Report of the King Institute of Preventive Medicine, Guindy
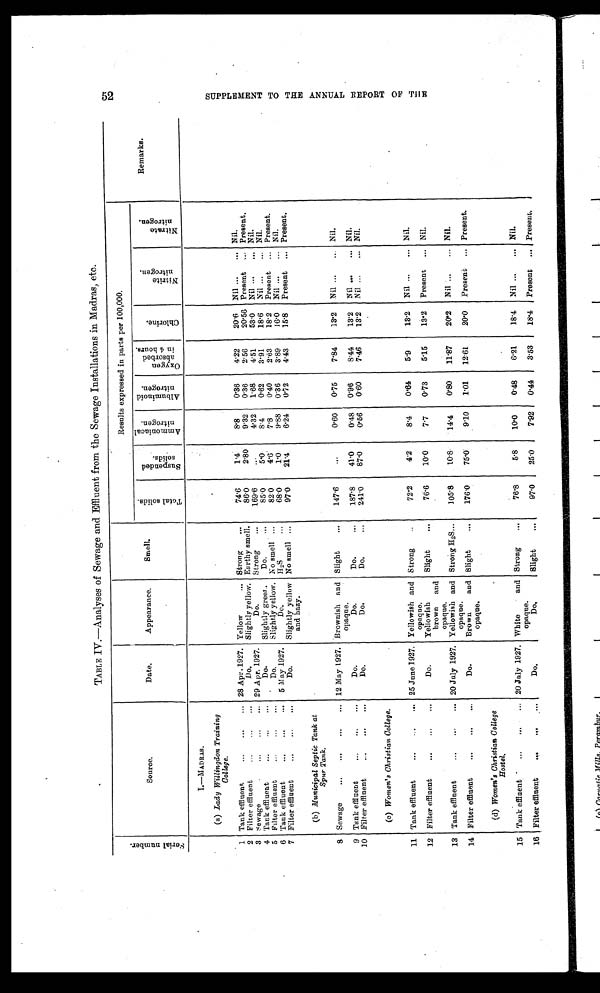
TABLE IV.-Analyses of Sewage and Effluent from the Sewage Installations in Madras, etc.
S e r i a l n u m b e r .
Results expressed in parts per 100,000.
Remarks.
Source.
Date.
Appearance.
Smell.
T o t a l s o l i d s
S u s p e
n d e d
s o l i d s
A m m o n
i c a l
n i t r o g
e n
A l b u m i n o i d n i t r o g e n
O x y g e n a b s o r b e
b i n 4 h o u r s .
C h l o r i n e
N i t r i t e n i t r o g e n .
N i t r i t e n i t r o g e n .
I.-M ADRAS.
(a) Lady Willingdon Training
College.
Tank effluent.
...
2 8 A p r . 1 9 2 7 . Yellow
... Strong
...
74.6
1.4
8.8
0.36
4.22
20.6
Nil ...
... Nil.
2 Filter effluent...
...
...
Do.
Sligh tly yellow. Earthy smell.
86.0
2.80
9.32
0.36
2.56
20.56 Present
... Present.
3 Sewage
...
...
... 29 Apr. 1927.
Do.
Strong
..,
169.6
. .
4.32
1.68
4.51
53.0
Nil ...
_ Nil.
4 Tank effluent.. ...
...
...
D o . Slightly greet...
Do.
8 5 . 0 5.0
8 . 4 0.62
3.91
18.6
Nil ...
... Nil.
5 Filter effluent
..
...
...
Do.
Slightly yellow. No smell . ,
82.0
4.6
7.8
0.40
2.63
18.2
Present
... Present.
6 Tank effluent
...
...
...
5 May 1927.
Do.
H2S
...
68.0
1.0
9 . 8 8 0.36
3.89
16.0
Nil ...
... Nil.
7 Filter effluent
-
...
.„
Do.
Slightly yellow
and hazy.
No smell ...
97.0
21.4
6.24
0 . 7 2
4.43
15.8
Present
... Present.
(b) Municipal Septic Tank at
Spur Tank.
8 Sewage
...
...
...
... 12 May 1927. Brownish and
opaque.
Slight
...
147.6
..
0.60
0.75
7.84
13.2
Nil ...
Nil.
9 Tank effluent ...
...
..,
Do.
Do.
Do.
...
187.8
41.0
0.48
0.96
8 . 4 4
13.2
Nil ...
... Nil.
10 Filter effluent
...
...
Do.
Do.
Do.
...
241.0
87.0
0.56
0.60
7.46
13.2
Nil ...
... Nil.
(c) Women's Christian College.
11 Tank effluent
...
... 25 June 1927. Yellowish and
opaque.
Strong
..
72.2
4.2
8.4
0.64
5.9
13.2
Nil ...
... Nil.
1.2 Filter effluent
.. ...
...
Do.
Yellowish
brown
and
opaque.
Slight
...
76.6
10.0
7.7
0.73
5.15
1 3 . 2 Present
... Nil.
13 Tank effluent
...
,.. 20 July 1927. Yellowish and
opaque.
Strong H2s...
105.8
10.8
14.4
0.80
11.87
20.2
Nil .
... Nil.
14 Filter effluent
...
..,
..
Do.
Brown
and
opaque.
Slight
...
1 7 6 . 0 75.0
9.10
1.01
12.61
20.0
Present
... Present.
(d) Women' s Christian College
Hostel.
15 Tank effluent
...
...
... 20 July 1927. White
and
opaque.
Strong
76.8
5.8
10.0
0.48
6.21
18.4
Nil ...
... Nil.
16 Filter effluent
. .
.,.
...
Do.
Do.
Slight
...
97.0
25.0
7.92
0.44
3.53
18.4
Present
... Present.
C.Tr
ro
L\2
1-0
0
1-g
z
1-cs
0
0